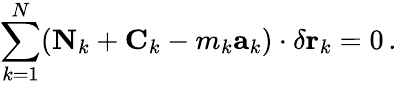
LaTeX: \sum_{k=1}^{N}(\mathbf{N}_{k}+\mathbf{C}_{k}-m_{k}\mathbf{a}_{k})\cdot\delta\mathbf{r}_{k}=0\, .